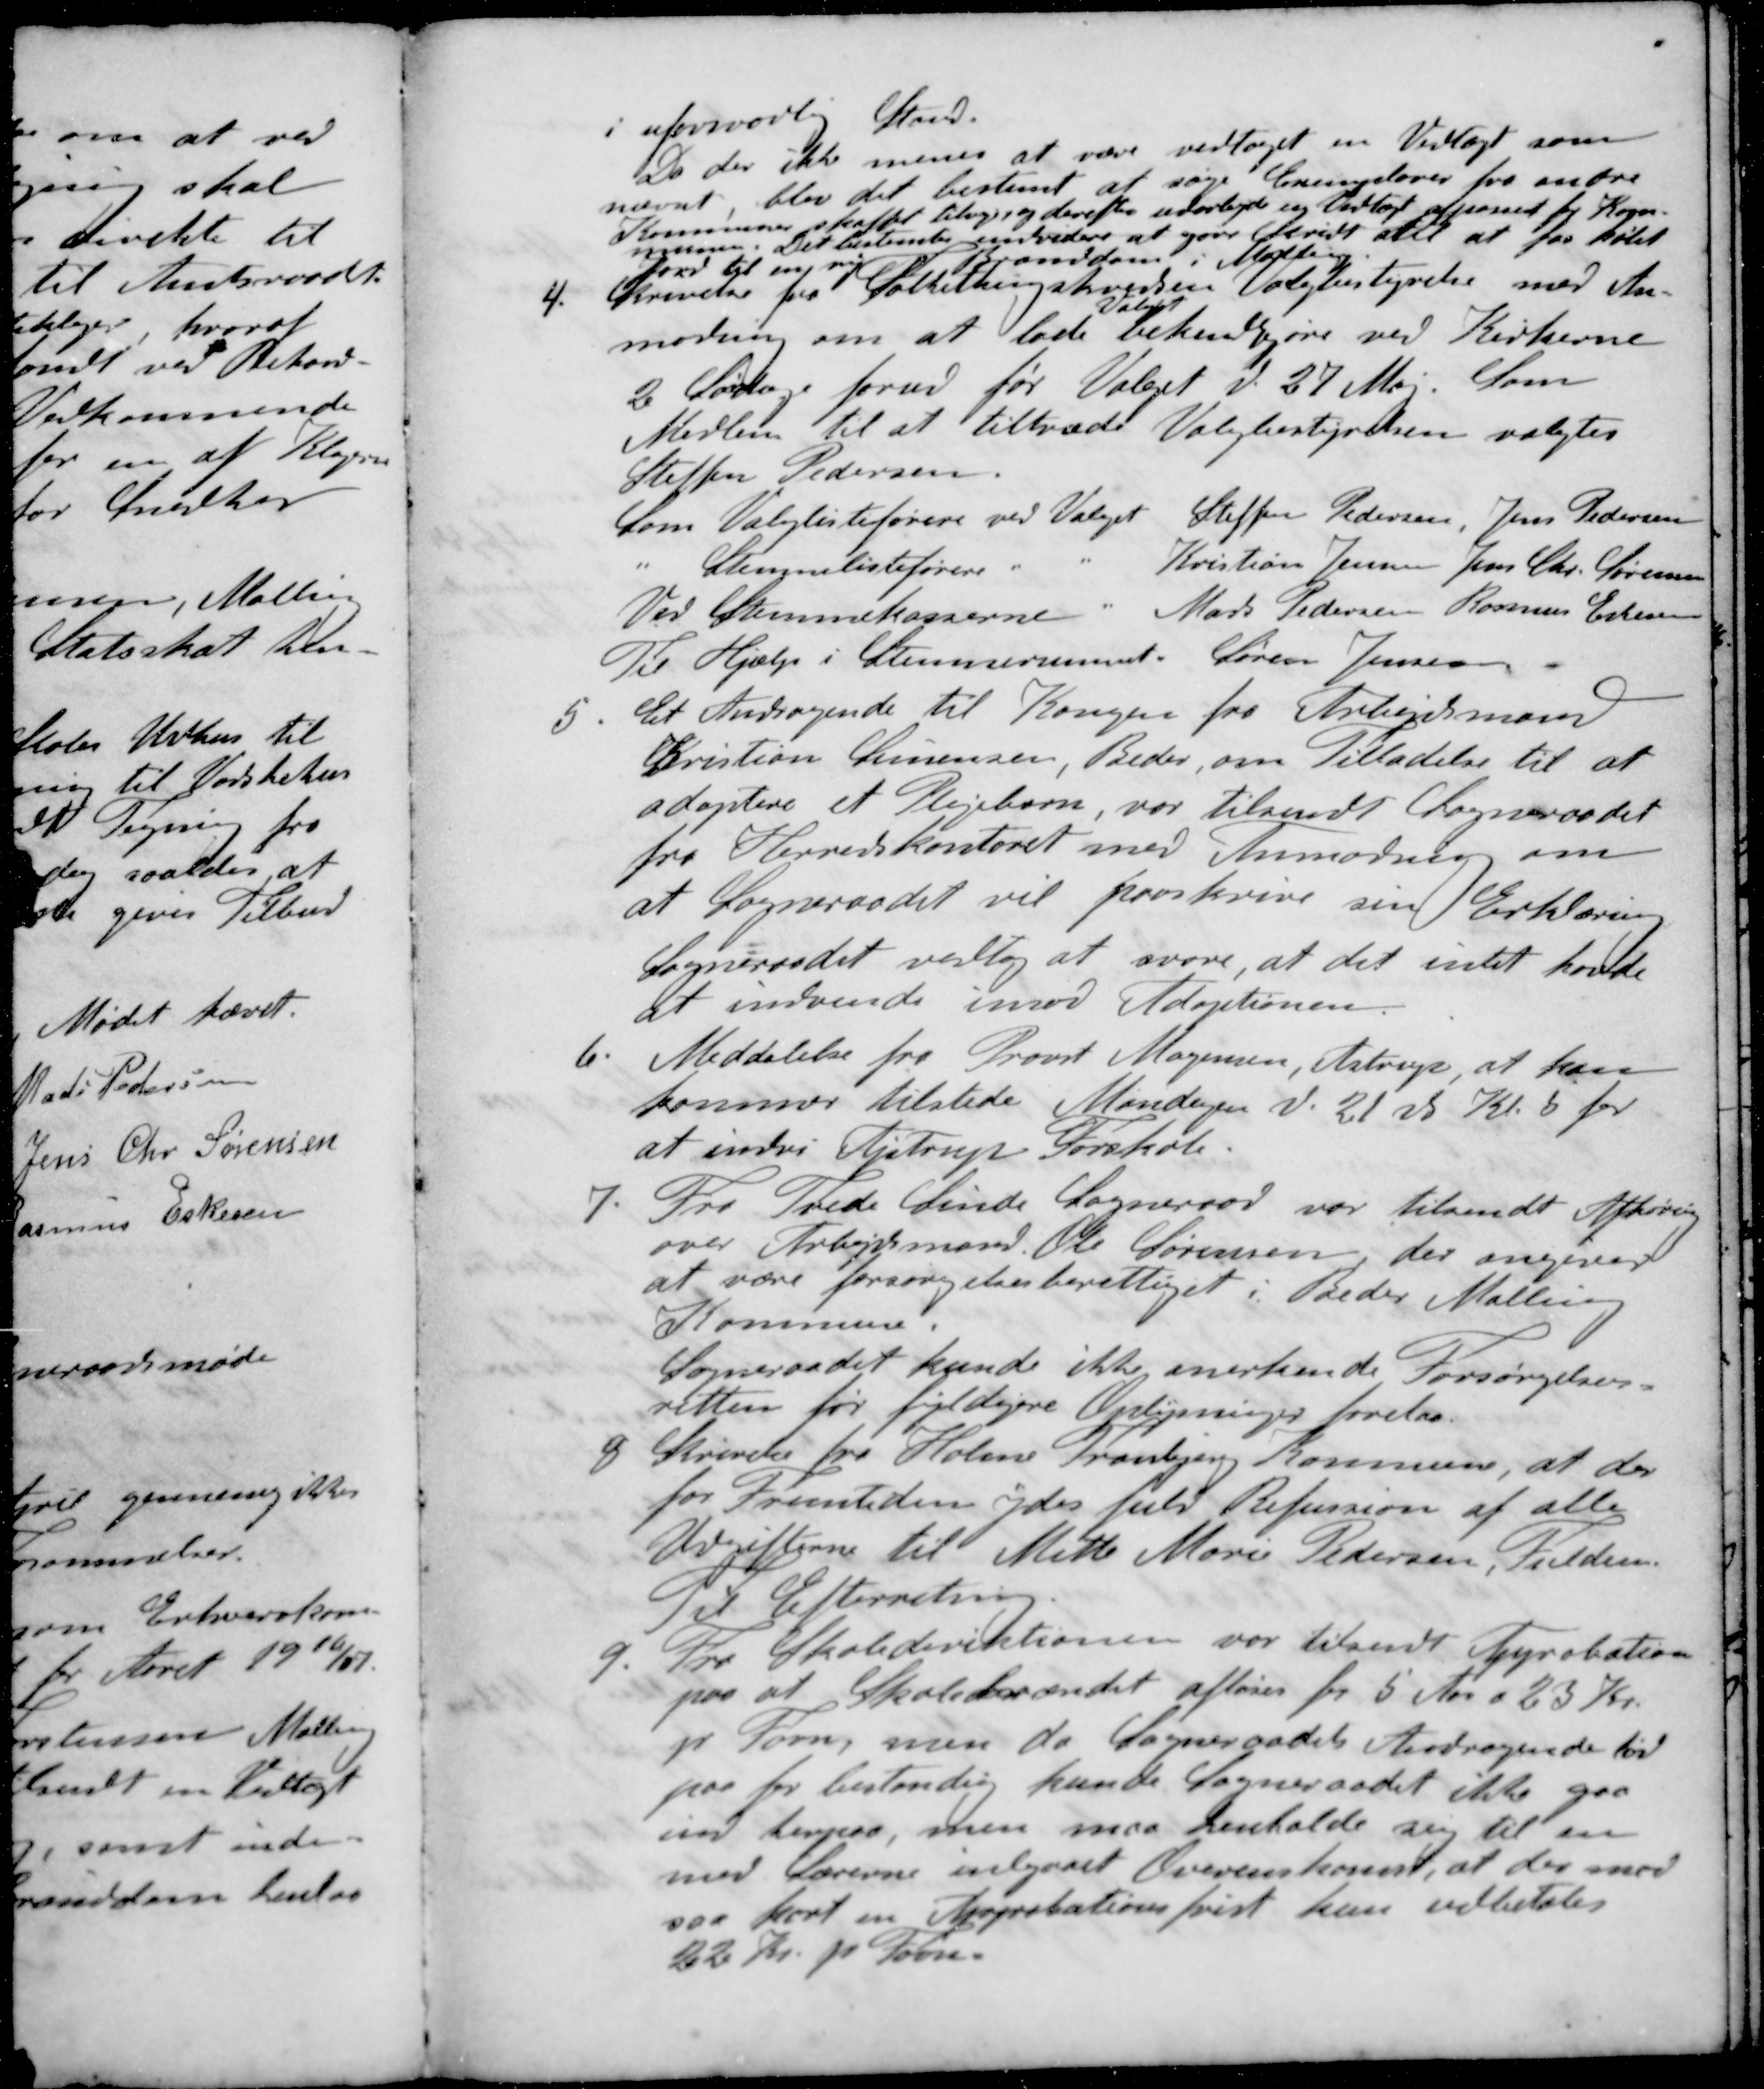
Transskription:
i uforsvarlig Stand
Da der ikke menes at være vedtaget en Vedtægt som
nævnt, blev det bestemt at søge Exemplarer fra andre
Kommuner, skaffet tilveje, og derefter udarbejde ny Vedtægt afpasset for Kom-
munen. Det bestemtes endvidere at gøre Skridt til at faa købt
Jord til en ny Branddam i Malling
4. Skrivelse fra Folkethingskredsen Valgbestyrelse med An-
Valget
modning om at lade bekendtgøre ved Kirkerne
2 Søndag forud for Valget d. 27 Maj. Som
Medlem til at tiltræde Valgbestyrelsen valgtes
Steffen Pedersen
Som Valglisteførere ved Valget Steffen Pedersen, Jens Pedersen
" Stemmelisteførere " " Kristian Jensen Jens Chr. Sørensen
Ved Stemmekasserne. Mads Pedersen Rasmus Eskesen
Til Hjælp i Stemmerummet. Søren Jensen
5. Et Andragende til Kongen fra Arbejdsmand
Kristian Simonsen, Beder, om Tilladelse til at
adoptere et Plejebarn, var tilsendt Sogneraadet
fra Herredskontoret med Anmodning om
at Sogneraadet vil paaskrive sin Erklæring
Sogneraadet vedtog at svare, at det intet havde
at indvende imod Adoptionen.
6. Meddelelse fra Provst Mogensen, Astrup, at han
kommer tilstede Mandagen d. 21 ds Kl. 5 for
at indvi Ajstrup Forskole.
7. Fra Tvede Linde Sogneraad var tilsendt Afhøring
over Arbejdsmand Ole Sørensen der angiver
at være forsørgelsesberettiget i Beder Malling
Kommune.
Sogneraadet kunde ikke anerkende Forsørgelses-
retten før fyldigere Oplysninger forelaa
8 Skrivelse fra Holme Tranbjerg Kommune, at der
for Fremtiden ydes fuld Refussion af alle
Udgifterne til Mette Marie Pedersen, Fulden
Til Efterretning
9. Fra Skoledirektionen var tilsendt Approbation
paa at Skolebrændet afløses for 5 Aar a 23 Kr.
pr. Favn, men da Sogneraadets Andragende lød
paa for bestanding kunde Sogneraadet ikke gaa
ind herpaa, men maa henholde sig til en
med Lærerne indgaaet Overenskomst, at der med
saa kort en Approbationsfrist kun udbetales
22 Kr. pr Favn